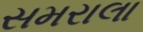
સમરાલા